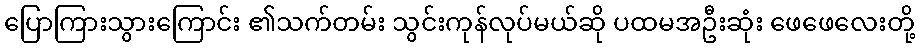
ပြောကြားသွားကြောင်း ၏သက်တမ်း သွင်းကုန်လုပ်မယ်ဆို ပထမအဦးဆုံး ဖေဖေလေးတို့